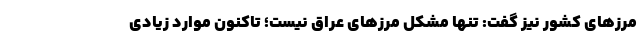
مرزهای کشور نیز گفت: تنها مشکل مرزهای عراق نیست؛ تاکنون موارد زیادی